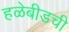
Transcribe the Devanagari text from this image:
हळेबीडची